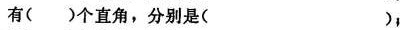
有( )个直角，分别是( )，